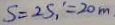
S = 2 S _ { 1 } ^ { \prime } = 2 0 m